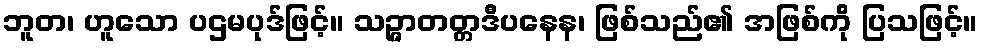
ဘူတ၊ ဟူသော ပဌမပုဒ်ဖြင့်။ သဉ္ဇာတတ္တဒီပနေန၊ ဖြစ်သည်၏ အဖြစ်ကို ပြသဖြင့်။